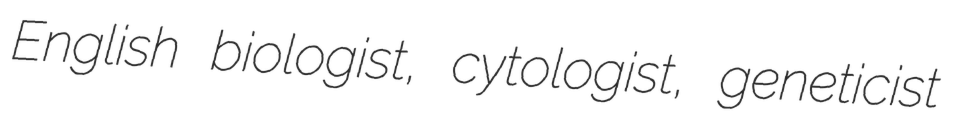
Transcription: English biologist, cytologist, geneticist